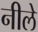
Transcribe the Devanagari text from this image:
नीले